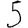
Digit: 5